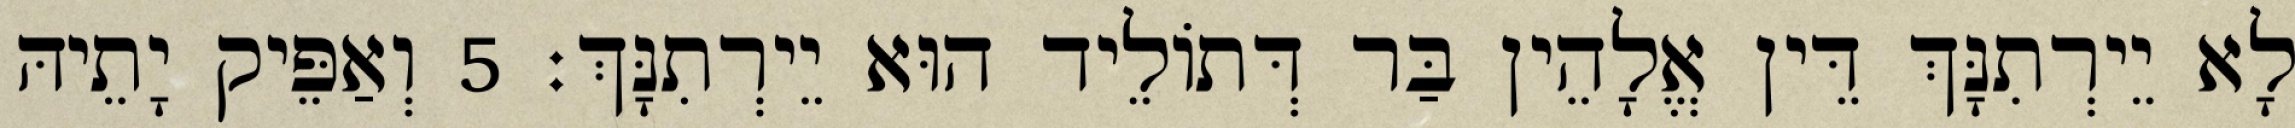
לָא יֵירְתִנָּךְ דֵּין אֱלָהֵין בַּר דְּתוֹלֵיד הוּא יֵירְתִנָּךְ׃ 5 וְאַפֵּיק יָתֵיהּ